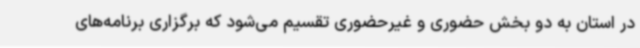
در استان به دو بخش حضوری و غیرحضوری تقسیم می‌شود که برگزاری برنامه‌های